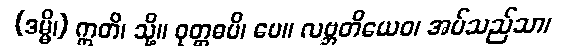
(ဒမ္မိ၊) ဣတိ၊ သို့။ ဝုတ္တဓပိ၊ ပေ။ လဗ္ဘတိယေဝ၊ အပ်သည်သာ၊